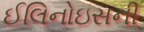
ઈલિનોઇસની